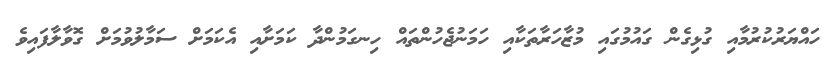
ހައްޔަރުކުރުމާއި ގުޅިގެން ގައުމުގައި މުޒާހަރާތަކާއި ހަމަނުޖެހުންތައް ހިނގަމުންދާ ކަމަށާއި އެކަމަށް ސަމާލުވުމަށް ގޮވާލާފައިވެ